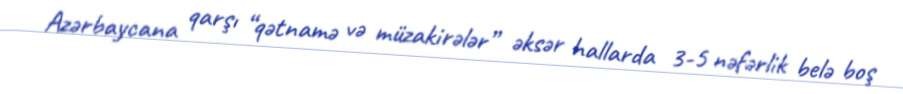
Azərbaycana qarşı “qətnamə və müzakirələr” əksər hallarda 3-5 nəfərlik belə boş